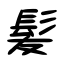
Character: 髪